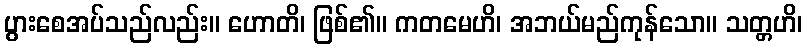
ပွားစေအပ်သည်လည်း။ ဟောတိ၊ ဖြစ်၏။ ကတမေဟိ၊ အဘယ်မည်ကုန်သော။ သတ္တဟိ၊